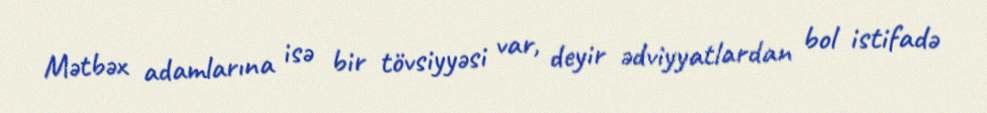
Mətbəx adamlarına isə bir tövsiyyəsi var, deyir ədviyyatlardan bol istifadə